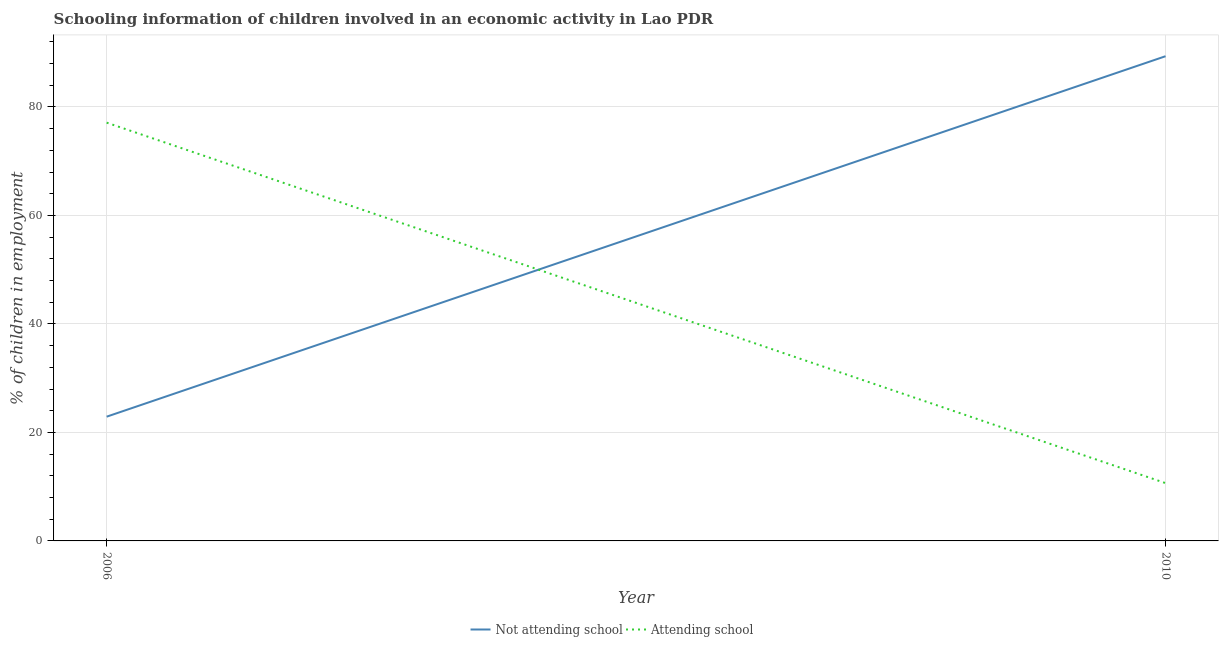
| Year | Not attending school | Attending school |
 | --- | --- | --- |
 | 2006 | 22.9 | 77.1 |
 | 2010 | 89.3 | 10.7 |